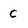
Character: C